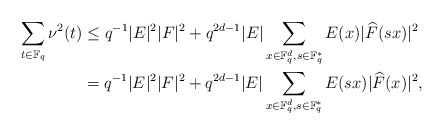
\begin{align*}\sum_{t\in \mathbb F_q} \nu^2(t)&\leq q^{-1}|E|^2|F|^2 + q^{2d-1}|E| \sum_{x\in \mathbb F_q^d, s\in \mathbb F_q^*} E(x) |\widehat{F}(sx)|^2\\&=q^{-1}|E|^2|F|^2 + q^{2d-1}|E| \sum_{x\in \mathbb F_q^d, s\in \mathbb F_q^*} E(sx) |\widehat{F}(x)|^2,\end{align*}